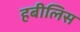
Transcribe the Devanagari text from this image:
हबीलिस